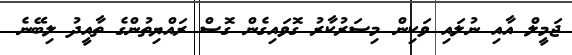
ޖަމީލް އާއި ނުލައި ވަކިން މިސަރުކާރު ގޮވައިގެން ގޮސް ރައްޔިތުންގެ ތާއީދު ލިބޭނެ